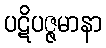
ပဋိပဇ္ဇမာနာ